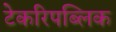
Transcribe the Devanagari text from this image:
टेकरिपब्लिक